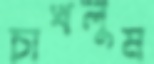
চাখলুম